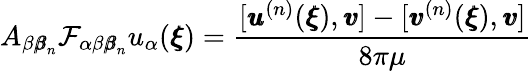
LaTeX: A_{\beta{\pmb\beta}_{n}}\mathcal{F}_{\alpha\beta{\pmb\beta}_{n}}u_{\alpha}({\pmb\xi})=\frac{[{\pmb u}^{(n)}({\pmb\xi}),{\pmb v}]-[{\pmb v}^{(n)}({\pmb\xi}),{\pmb v}]}{8\pi\mu}